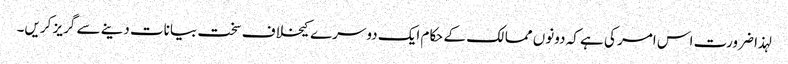
لہذا ضرورت اس امر کی ہے کہ دونوں ممالک کے حکام ایک دوسرے کیخلاف سخت بیانات دینے سے گریز کریں۔